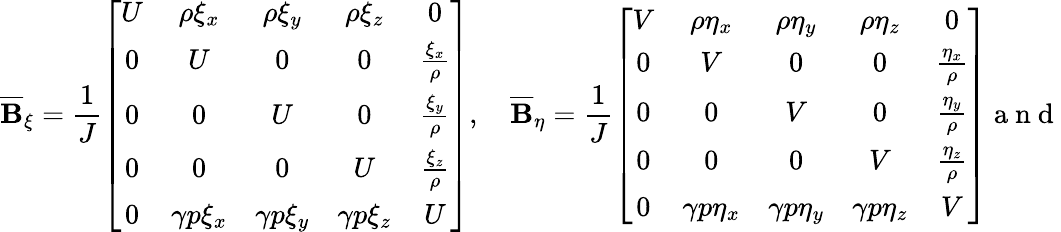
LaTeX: \overline{{\mathbf{B}}}_{\xi}=\frac{1}{J}\left[\begin{array}{ccccc}{U}&{\rho\xi_{x}}&{\rho\xi_{y}}&{\rho\xi_{z}}&{0}\\ {0}&{U}&{0}&{0}&{\frac{\xi_{x}}{\rho}}\\ {0}&{0}&{U}&{0}&{\frac{\xi_{y}}{\rho}}\\ {0}&{0}&{0}&{U}&{\frac{\xi_{z}}{\rho}}\\ {0}&{\gamma p\xi_{x}}&{\gamma p\xi_{y}}&{\gamma p\xi_{z}}&{U}\end{array}\right],\quad\overline{{\mathbf{B}}}_{\eta}=\frac{1}{J}\left[\begin{array}{ccccc}{V}&{\rho\eta_{x}}&{\rho\eta_{y}}&{\rho\eta_{z}}&{0}\\ {0}&{V}&{0}&{0}&{\frac{\eta_{x}}{\rho}}\\ {0}&{0}&{V}&{0}&{\frac{\eta_{y}}{\rho}}\\ {0}&{0}&{0}&{V}&{\frac{\eta_{z}}{\rho}}\\ {0}&{\gamma p\eta_{x}}&{\gamma p\eta_{y}}&{\gamma p\eta_{z}}&{V}\end{array}\right]\mathrm{~a~n~d~}